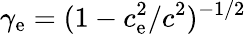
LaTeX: \gamma_{\mathrm{e}}=(1-c_{\mathrm{e}}^{2}/c^{2})^{-1/2}